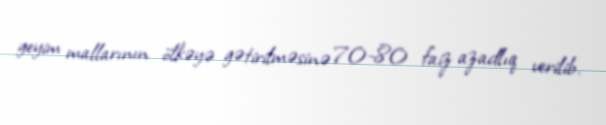
geyim mallarının ölkəyə gətirilməsinə 70-80 faiz azadlıq verilib.